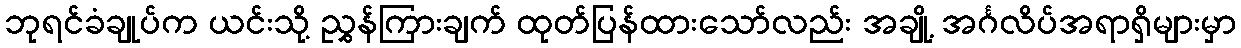
ဘုရင်ခံချုပ်က ယင်းသို့ ညွှန်ကြားချက် ထုတ်ပြန်ထားသော်လည်း အချို့ အင်္ဂလိပ်အရာရှိများမှာ